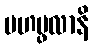
မဟပ္ဖလာနိ